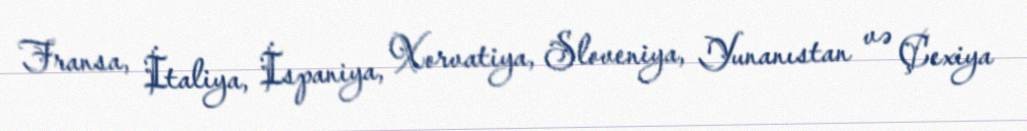
Fransa, İtaliya, İspaniya, Xorvatiya, Sloveniya, Yunanıstan və Çexiya